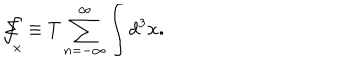
\Sigma \! \! \! \! \! \! \int _ { x } \equiv T \sum _ { n = - \infty } ^ { \infty } \int d ^ { 3 } \mathbf { x . }